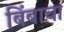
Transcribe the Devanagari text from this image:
बिंबाचा